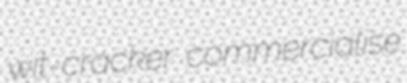
wit-cracker commercialise